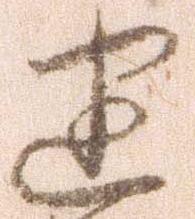
迷